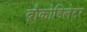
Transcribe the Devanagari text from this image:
ब्रौकोडिलेटर